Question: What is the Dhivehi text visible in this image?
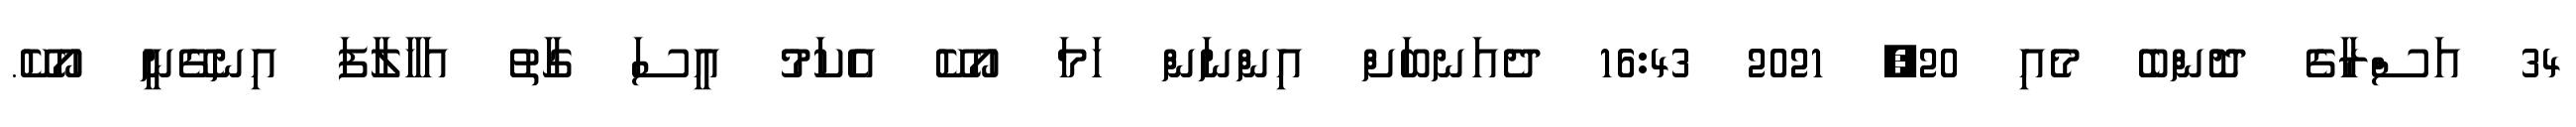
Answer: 34 އަސްރާގެ ދޮންބެ މެއި 20, 2021 16:43 ދެއަނބަށް އިންނަން ހަމަ އޯކޭ އެކަމު އީސަ ގާތު އަހާލާފަ އިނގޭނީ އޯކޭ.